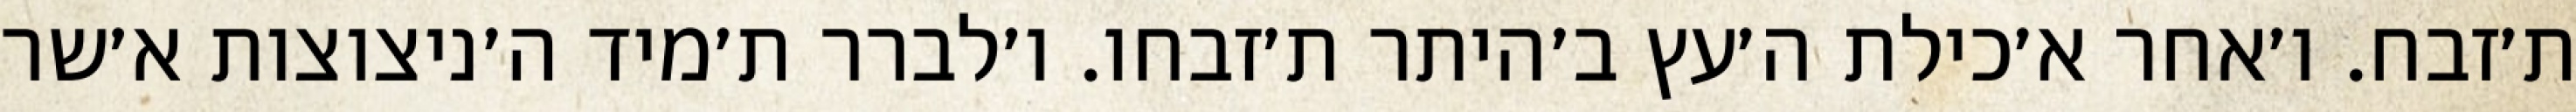
ת׳זבח. ו׳אחר א׳כילת ה׳עץ ב׳היתר ת׳זבחו. ו׳לברר ת׳מיד ה׳ניצוצות א׳שר